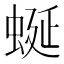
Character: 蜒